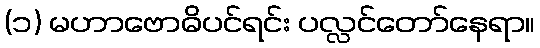
(၁) မဟာဗောဓိပင်ရင်း ပလ္လင်တော်နေရာ။